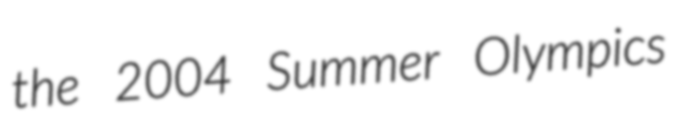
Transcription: the 2004 Summer Olympics